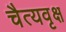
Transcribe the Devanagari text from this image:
चैत्यवृक्ष